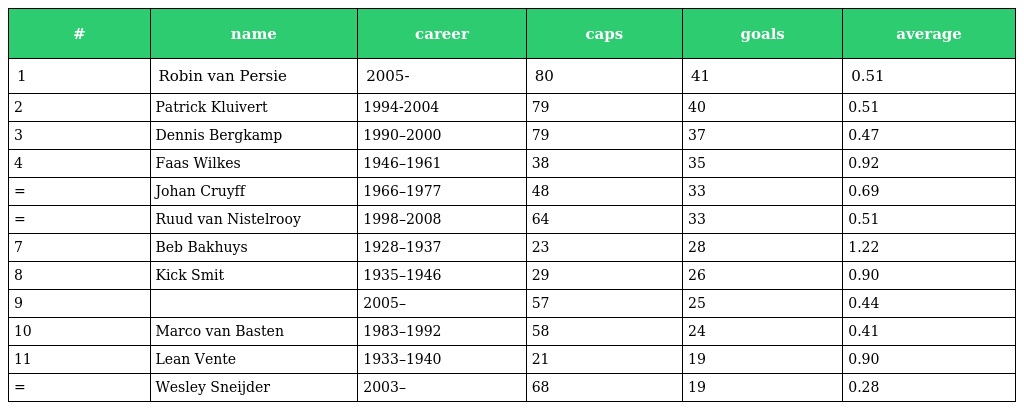
| # | name | career | caps | goals | average |
 | --- | --- | --- | --- | --- | --- |
 | 1 | Robin van Persie | 2005- | 80 | 41 | 0.51 |
 | 2 | Patrick Kluivert | 1994-2004 | 79 | 40 | 0.51 |
 | 3 | Dennis Bergkamp | 1990–2000 | 79 | 37 | 0.47 |
 | 4 | Faas Wilkes | 1946–1961 | 38 | 35 | 0.92 |
 | = | Johan Cruyff | 1966–1977 | 48 | 33 | 0.69 |
 | = | Ruud van Nistelrooy | 1998–2008 | 64 | 33 | 0.51 |
 | 7 | Beb Bakhuys | 1928–1937 | 23 | 28 | 1.22 |
 | 8 | Kick Smit | 1935–1946 | 29 | 26 | 0.90 |
 | 9 |  | 2005– | 57 | 25 | 0.44 |
 | 10 | Marco van Basten | 1983–1992 | 58 | 24 | 0.41 |
 | 11 | Lean Vente | 1933–1940 | 21 | 19 | 0.90 |
 | = | Wesley Sneijder | 2003– | 68 | 19 | 0.28 |